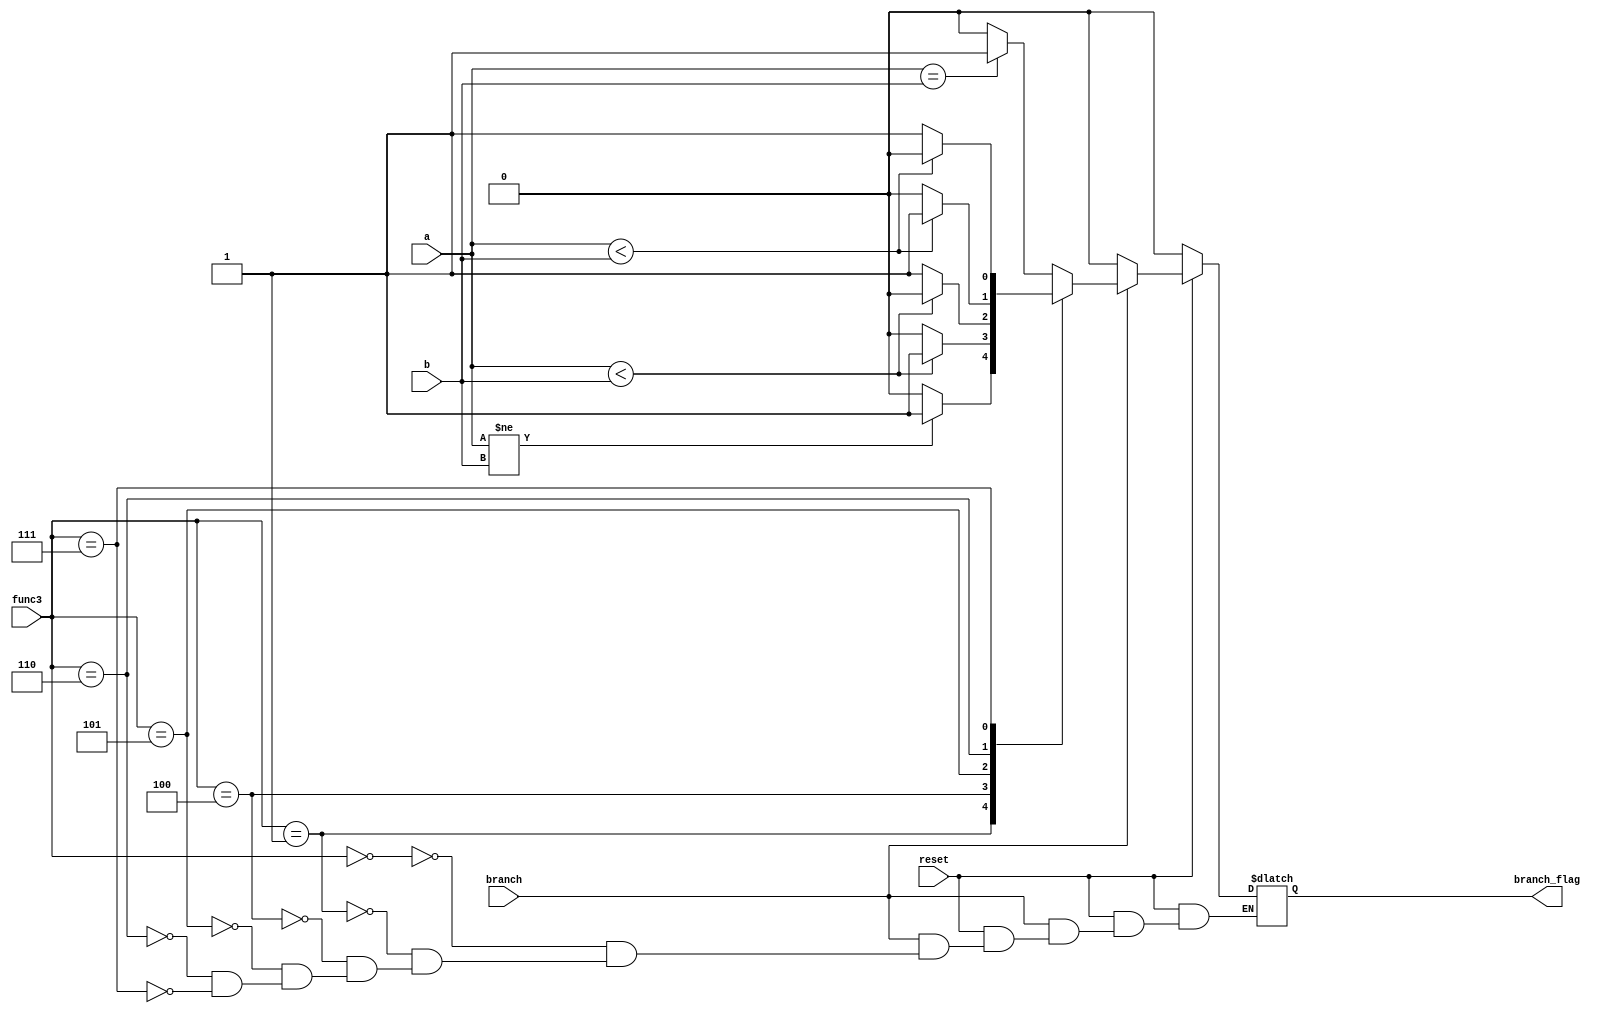
`timescale 1ns / 1ps

module BranchingUnit(
	input reset,
	input [31:0] a,
	input [31:0] b,
	input [2:0] func3,
	input branch,
	output reg branch_flag
    );

always@(*)
begin
if(reset == 0)
branch_flag = 1'b0;
else if(branch == 1'b1)
begin
case(func3)
3'b000:
if(a==b) branch_flag = 1;
else branch_flag = 0;
3'b001:
if(a!=b) branch_flag = 1;
else branch_flag = 0;
3'b100:
if($signed(a) < $signed(b)) branch_flag = 1;
else branch_flag = 0;
3'b101:
if($signed(a) < $signed(b)) branch_flag = 0;
else branch_flag = 1;
3'b110:
if(a<b) branch_flag = 1;
else branch_flag = 0;
3'b111:
if(a<b) branch_flag = 0;
else branch_flag = 1;
endcase
end
else
branch_flag = 0;
end
endmodule